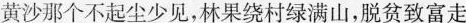
黄沙那个不起尘少见，林果绕村绿满山，脱贫致富走